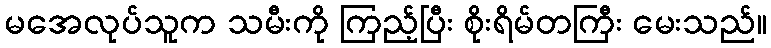
မအေလုပ်သူက သမီးကို ကြည့်ပြီး စိုးရိမ်တကြီး မေးသည်။